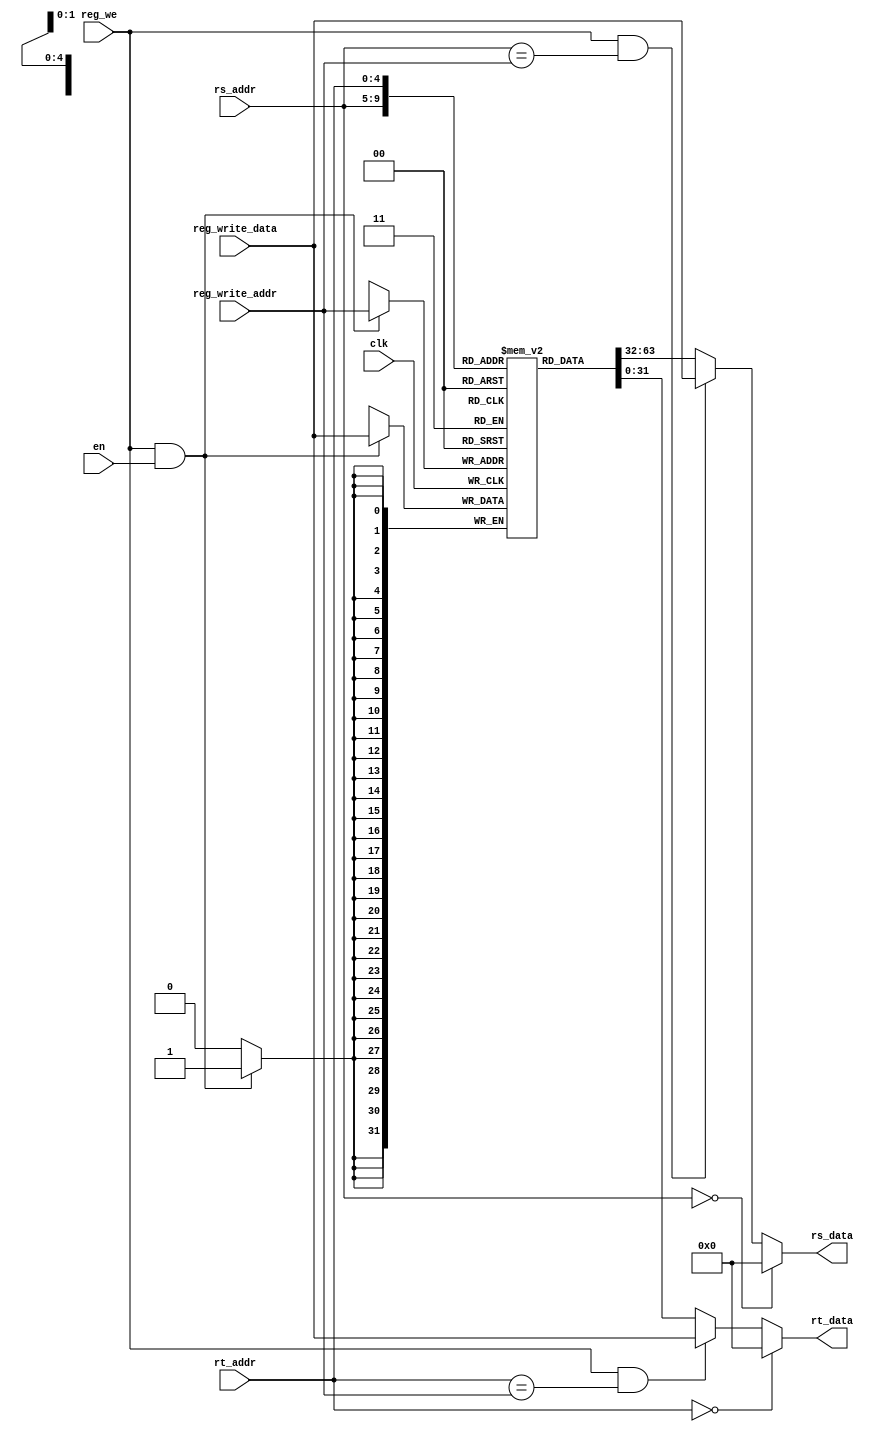
//=============================================================================
// EE108B Lab 2
//
// MIPS Register File Module
//=============================================================================

module regfile (
    input clk,
    input en,
    input [31:0] reg_write_data,
    input [4:0] reg_write_addr,
    input reg_we,
    input [4:0] rs_addr,
    input [4:0] rt_addr,

    output wire [31:0] rs_data,
    output wire [31:0] rt_data
);

    reg [31:0] regs [31:0];

    // internally forwarded writes
    // if we write and read the same register in the same cycle, we get
    // the latest data
    assign rs_data = rs_addr == 5'd0 ?
                        32'd0
                     : ((reg_we & (rs_addr == reg_write_addr)) ?
                        reg_write_data
                     :
                        regs[rs_addr]);

    assign rt_data = rt_addr == 5'd0 ?
                        32'd0
                     : ((reg_we & (rt_addr == reg_write_addr)) ?
                         reg_write_data
                     : regs[rt_addr]);

    always @(posedge clk)
        if (reg_we & en)
            regs[reg_write_addr] <= reg_write_data;

endmodule